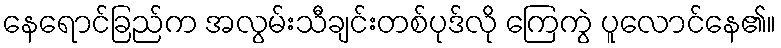
နေရောင်ခြည်က အလွမ်းသီချင်းတစ်ပုဒ်လို ကြေကွဲ ပူလောင်နေ၏။